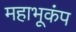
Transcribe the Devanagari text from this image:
महाभूकंप